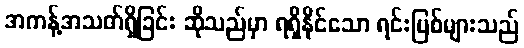
အကန့်အသတ်ရှိခြင်း ဆိုသည်မှာ ရရှိနိုင်သော ရင်းမြစ်များသည်